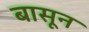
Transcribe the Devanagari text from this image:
बासून